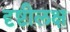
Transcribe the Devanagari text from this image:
दृष्टीलक्ष